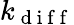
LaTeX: k_{\mathrm{~d~i~f~f~}}